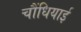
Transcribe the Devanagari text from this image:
चौंधियाई